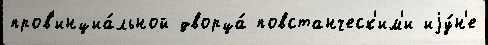
пров'инциа́льной дворца́ повстанческ'им'и иjу́н'е